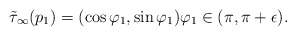
\begin{align*} \tilde\tau_\infty(p_1) = (\cos\varphi_1,\sin\varphi_1) \varphi_1\in (\pi,\pi + \epsilon). \end{align*}